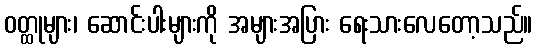
ဝတ္ထုများ၊ ဆောင်းပါးများကို အများအပြား ရေးသားလေတော့သည်။